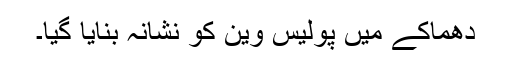
دھماکے میں پولیس وین کو نشانہ بنایا گیا۔